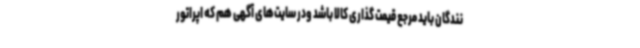
نندگان باید مرجع قیمت گذاری کالا باشد ودر سایت‌های آگهی هم که اپراتور